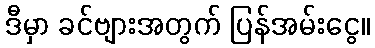
ဒီမှာ ခင်ဗျားအတွက် ပြန်အမ်းငွေ။